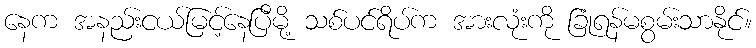
နေက အနည်းငယ်မြင့်နေပြီမို့ သစ်ပင်ရိပ်က အားလုံးကို ခြုံရန်မစွမ်းသာနိုင်။